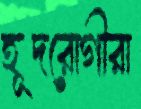
হূদরোগীরা